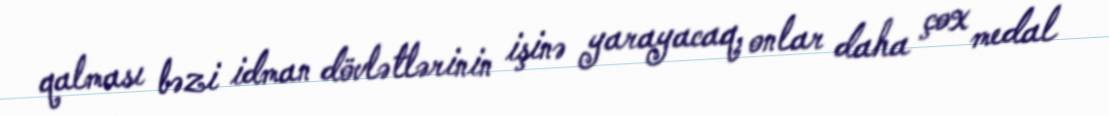
qalması bəzi idman dövlətlərinin işinə yarayacaq, onlar daha çox medal